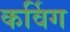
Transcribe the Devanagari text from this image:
कर्विग